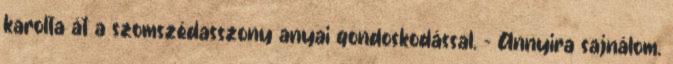
karolta át a szomszédasszony anyai gondoskodással. – Annyira sajnálom.